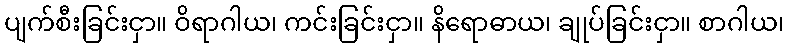
ပျက်စီးခြင်းငှာ။ ဝိရာဂါယ၊ ကင်းခြင်းငှာ။ နိရောဓာယ၊ ချုပ်ခြင်းငှာ။ စာဂါယ၊